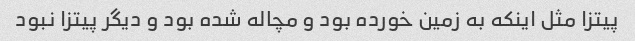
پیتزا مثل اینکه به زمین خورده بود و مچاله شده بود و دیگر پیتزا نبود